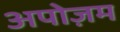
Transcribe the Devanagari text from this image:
अपोज़म